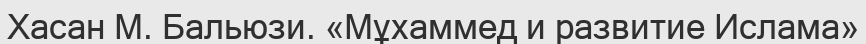
Хасан М. Бальюзи. «Мұхаммед и развитие Ислама»